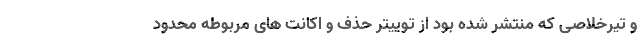
و تیرخلاصی که منتشر شده بود از توییتر حذف و اکانت های مربوطه محدود